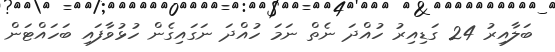
ބަލާއިރު 24 ގަޑިއިރު ހުއްދަ ނެތް ނަމަ ހުއްދަ ނަގައިގެން ހުޅުވާފައި ބަހައްޓަން